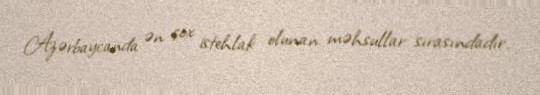
Azərbaycanda ən çox istehlak olunan məhsullar sırasındadır.